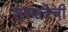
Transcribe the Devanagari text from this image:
शुष्कतेची